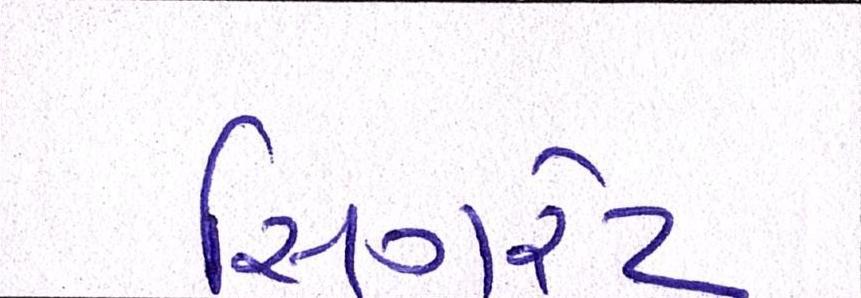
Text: સિગરેટ